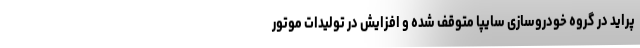
پراید در گروه خودروسازی سایپا متوقف شده و افزایش در تولیدات موتور